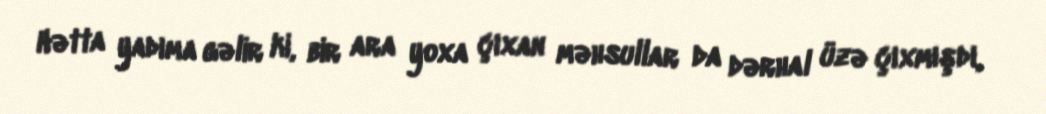
Hətta yadıma gəlir ki, bir ara yoxa çıxan məhsullar da dərhal üzə çıxmışdı,